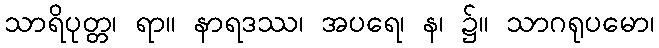
သာရိပုတ္တ၊ ရာ။ နာရဒဿ၊ အပရေ၊ န၊ ၌။ သာဂရုပမော၊